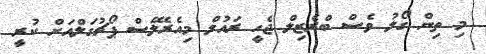
މި ތިން ގޯލު ވެސް ބްރެޒިލް ޖެހީ ރައުލް މިއެރެލޭސް ޕޯޗުގަލްއަށް ކުރީ